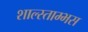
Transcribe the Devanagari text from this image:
शाल्स्ताम्भस